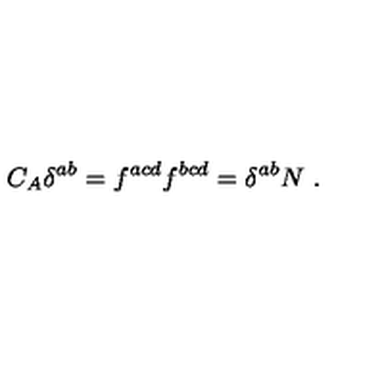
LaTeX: C _ { A } \delta ^ { a b } = f ^ { a c d } f ^ { b c d } = \delta ^ { a b } N \ .